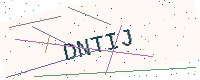
Text: DNTIJ